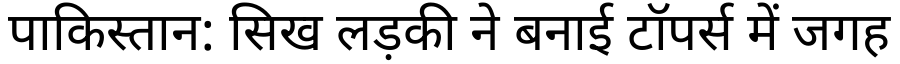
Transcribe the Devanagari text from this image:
पाकिस्तान: सिख लड़की ने बनाई टॉपर्स में जगह